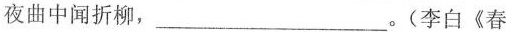
夜曲中闻折柳，___。(李白《春